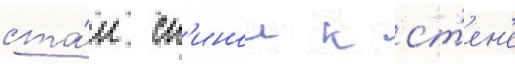
ста́л сп'инои к ст'ен'е